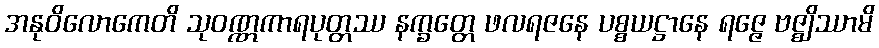
အနုဝိလောကေတိ သုဝဏ္ဏကာရပုတ္တဿ နက္ခတ္တေ ဖလရဇနေ ပစ္စယဋ္ဌာနေ ရဇ္ဇေ ဗဇ္ဈိဿာမိ